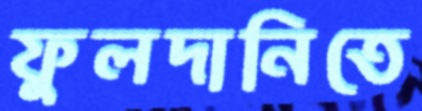
ফুলদানিতে